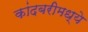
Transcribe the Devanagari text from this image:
कांदबरीमध्ये